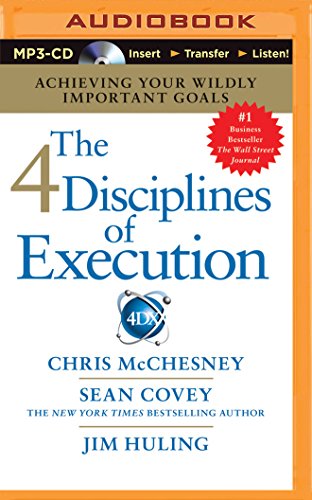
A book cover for The 4 Disciplines of Execution: Achieving Your Wildly Important Goals; Chris McChesney; Self-Help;